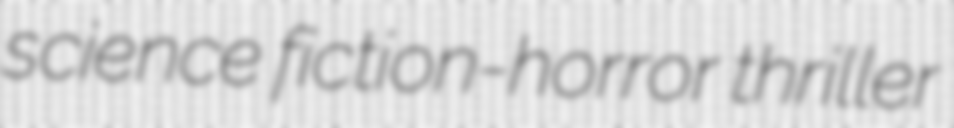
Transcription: science fiction-horror thriller